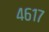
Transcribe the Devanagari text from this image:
४६१७